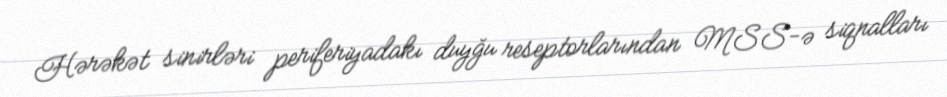
Hərəkət sinirləri periferiyadakı duyğu reseptorlarından MSS-ə siqnalları